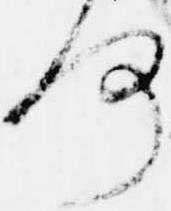
何